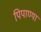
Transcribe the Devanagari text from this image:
पिपाण्या